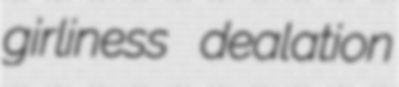
girliness dealation